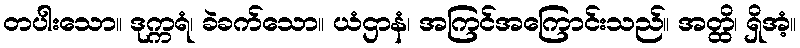
တပါးသော။ ဒုက္ကရံ၊ ခဲခက်သော။ ယံဌာနံ၊ အကြင်အကြောင်းသည်။ အတ္ထိ၊ ရှိအံ့။